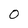
Character: 0